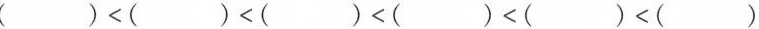
$$( ) < ( ) < ( ) < ( ) < ( ) < ( )$$